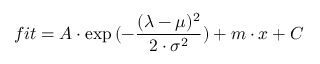
\large f i t = { A \cdot \exp { ( - \frac { ( \lambda - \mu ) ^ { 2 } } { 2 \cdot \sigma ^ { 2 } } ) } + m \cdot { x } + C }